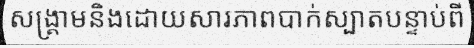
សង្គ្រាមនិងដោយសារភាពបាក់ស្បាតបន្ទាប់ពី